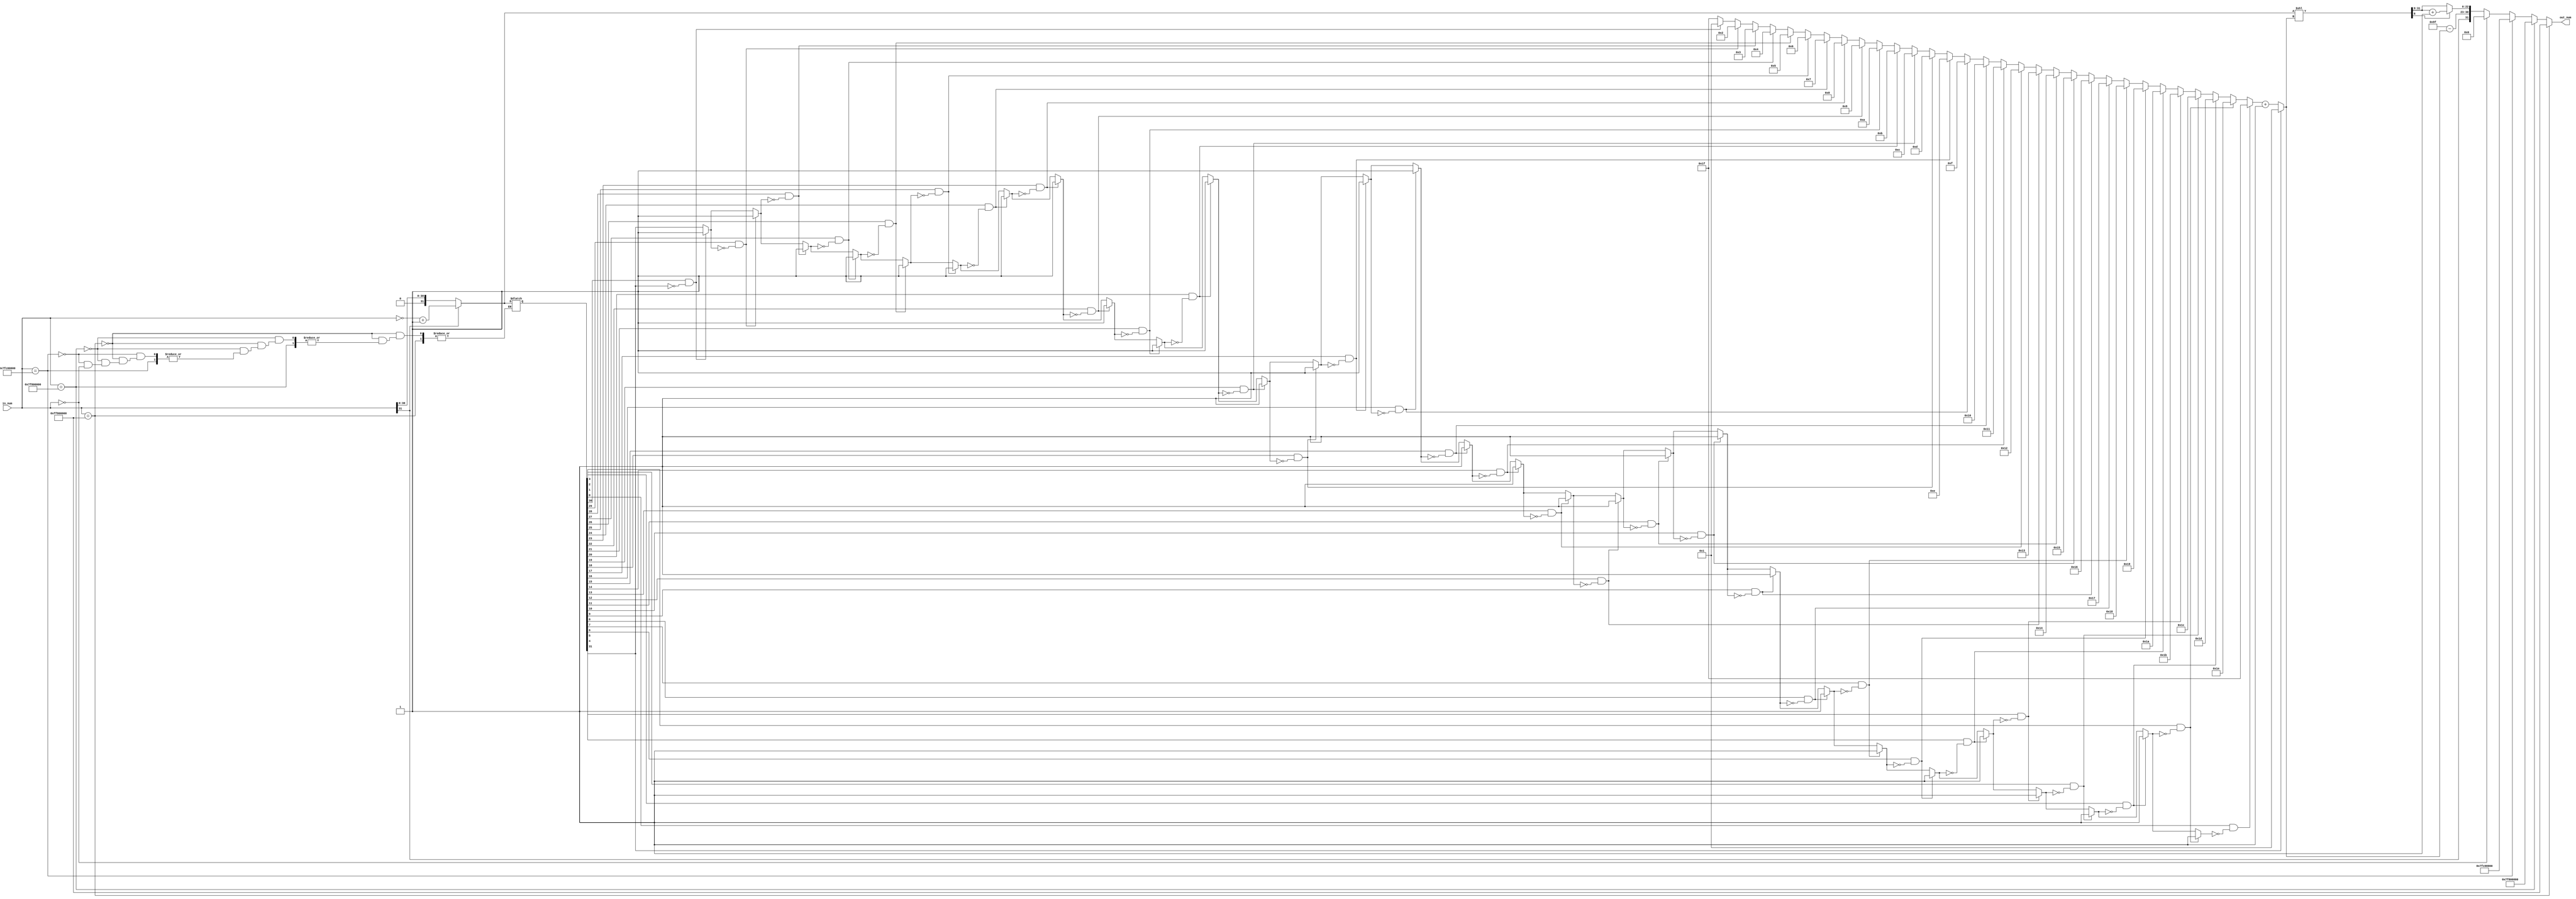
//convert single persion floating point to unsigned number
module fcvt_s_w (
    input [31:0] in_num,
    output reg [31:0] out_num
);
//internal signals
    reg [7:0] exponent;
    reg [22:0] mantissa;
    reg [31:0] input_adj;
    reg [31:0] out_temp,mantissa_temp;

    wire [4:0] count;

    always @(*)
     begin
	///initialization
	out_temp = 32'b0;
	mantissa_temp ='d0;
    exponent = 0;
	
    // Check for special cases
    if (in_num == 32'hFF800000)  // Negative infinity
        out_temp = 32'hFF800000;
    else if (in_num == 32'h7F800000)  // Positive infinity
        out_temp = 32'h7F800000;
    else if (in_num == 32'h7FC00000)  // NaN
        out_temp = 32'h7FC00000;
    else if (in_num == 32'h00000000)  // Zero
        out_temp = 32'h00000000;
	//convertaiong any case
    else
	begin

    if (in_num[31]) begin
        input_adj = (~in_num) + 1'b1;
    end 
    else begin
        input_adj = in_num;
    end
    mantissa_temp = input_adj << count;

	//rounding
	if (mantissa_temp[8] == 1)
	mantissa = mantissa_temp[31:9]+1'b1;
	else
	mantissa = mantissa_temp[31:9];

        exponent = 159 - count; // Bias for single precision   // 158 = 127 + 32  || 32 --> number of input bits with sign bit(32)
        // Combine the components to form the IEEE 754 representation
        out_temp = {in_num[31], exponent, mantissa};
	end
	out_num = out_temp;
	exponent = out_num[30:23];
	mantissa =out_num[22:0];
    end

    integer j;
    reg [4:0] leading_zeros;
    reg       first_bit;
    
    always @(*) begin
        leading_zeros = 5'b11111; // Initialize to all ones (no leading zeros)
        first_bit = input_adj[31];
    
        for (j = 31; j >= 0; j = j - 1) begin
            if ((input_adj[j] == 1'b1) & (first_bit == 1'b0)) begin
                leading_zeros = 5'b11111 - j; // Count leading zeros
                first_bit = 1'b1;
            end
        end
    end
    
    assign count = (input_adj[31]) ? 1'b1 : leading_zeros + 1'b1;

endmodule